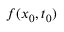
f ( x _ { 0 } , t _ { 0 } )